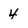
Character: 4